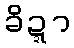
ခိဍ္ဍာ